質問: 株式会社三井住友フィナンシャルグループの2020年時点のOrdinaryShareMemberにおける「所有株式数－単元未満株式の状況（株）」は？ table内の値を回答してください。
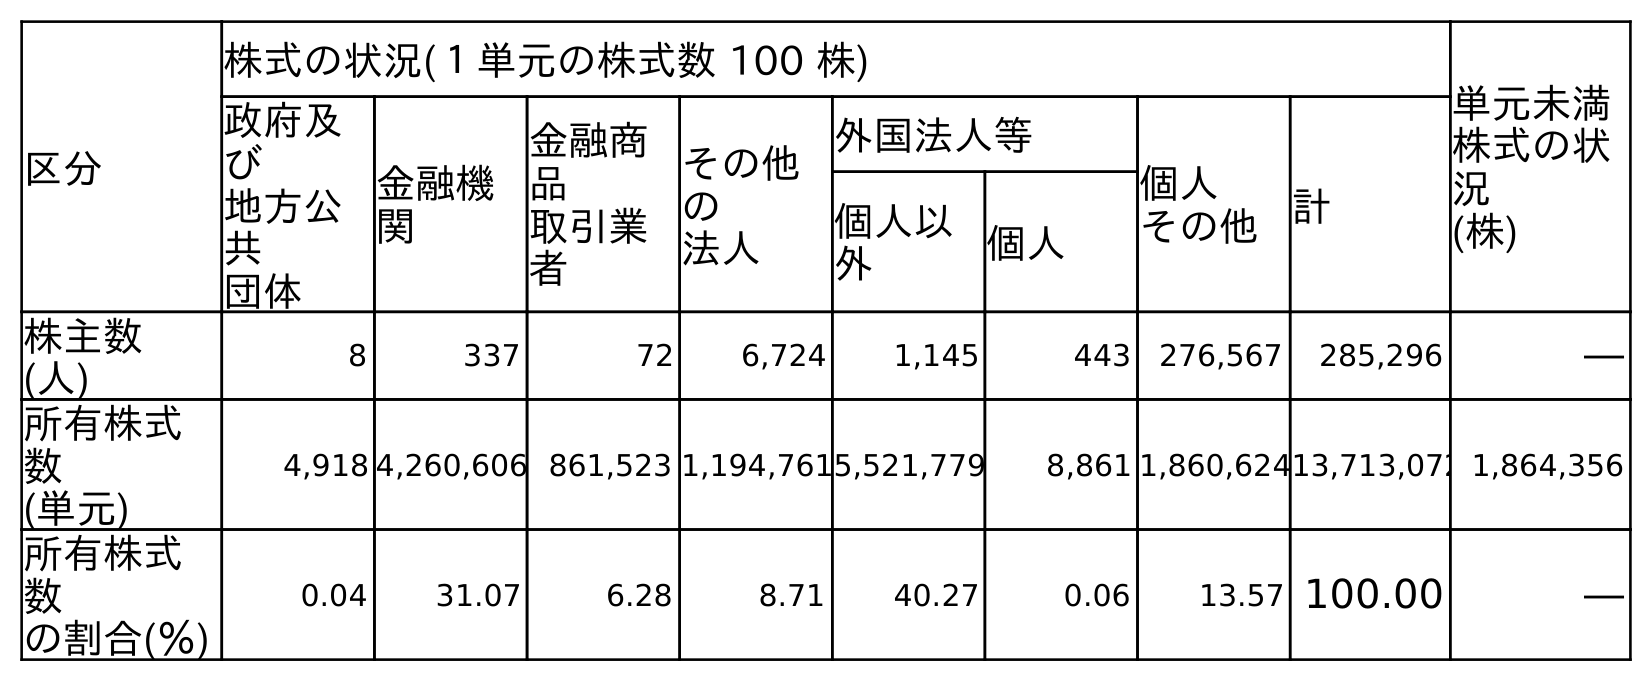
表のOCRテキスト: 区分 株式の状況(１単元の株式数 100 株) 単元未満 株式の状 況 (株) 政府及 び 地方公 共 団体 金融機 関 金融商 品 取引業 者 その他 の 法人 外国法人等 個人 その他 計 個人以 外 個人 株主数 (人) 8 337 72 6,724 1,145 443 276,567 285,296 ― 所有株式 数 (単元) 4,918 4,260,606 861,523 1,194,7615,521,779 8,861 1,860,62413,713,072 1,864,356 所有株式 数 の割合(％) 0.04 31.07 6.28 8.71 40.27 0.06 13.57 100.00 ―
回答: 1,864,356